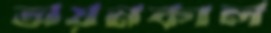
অয়নকাল